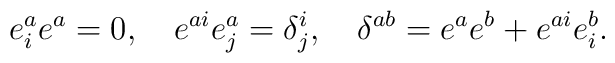
e^a_i e^a = 0,\quad  e^{ai} e^a_j = \delta^i_j,\quad  \delta^{ab} = e^a e^b + e^{ai} e^b_i.